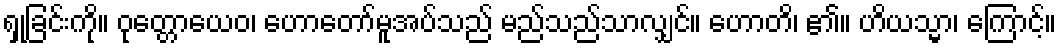
ရှုခြင်းကို။ ဝုတ္တောယေဝ၊ ဟောတော်မူအပ်သည် မည်သည်သာလျှင်။ ဟောတိ၊ ၏။ ဟိယသ္မာ၊ ကြောင့်။